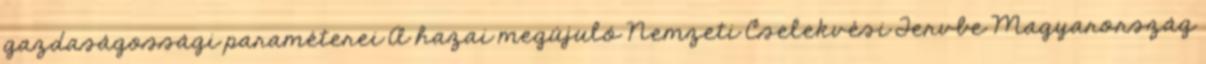
gazdaságossági paraméterei A hazai megújuló Nemzeti Cselekvési Tervbe Magyarország